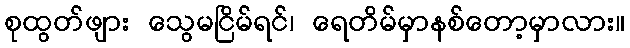
စုထွတ်ဖျား သွေမငြိမ်ရင်၊ ရေတိမ်မှာနစ်တော့မှာလား။